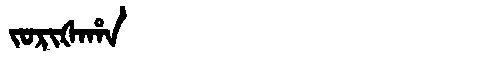
Manchu: ᠵᠣᡵᡳᡧᠠᡥᠠ
Romanization: JORIŠAHA